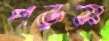
পড়স